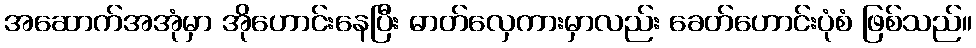
အဆောက်အအုံမှာ အိုဟောင်းနေပြီး ဓာတ်လှေကားမှာလည်း ခေတ်ဟောင်းပုံစံ ဖြစ်သည်။